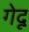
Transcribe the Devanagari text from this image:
गेदू